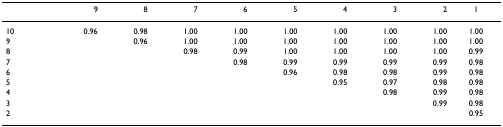
<table><thead><tr><td></td><td><b>9</b></td><td><b>8</b></td><td><b>7</b></td><td><b>6</b></td><td><b>5</b></td><td><b>4</b></td><td><b>3</b></td><td><b>2</b></td><td><b>1</b></td></tr></thead><tbody><tr><td>10</td><td>0.96</td><td>0.98</td><td>1.00</td><td>1.00</td><td>1.00</td><td>1.00</td><td>1.00</td><td>1.00</td><td>1.00</td></tr><tr><td>9</td><td></td><td>0.96</td><td>1.00</td><td>1.00</td><td>1.00</td><td>1.00</td><td>1.00</td><td>1.00</td><td>1.00</td></tr><tr><td>8</td><td></td><td></td><td>0.98</td><td>0.99</td><td>1.00</td><td>1.00</td><td>1.00</td><td>1.00</td><td>0.99</td></tr><tr><td>7</td><td></td><td></td><td></td><td>0.98</td><td>0.99</td><td>0.99</td><td>0.99</td><td>0.99</td><td>0.98</td></tr><tr><td>6</td><td></td><td></td><td></td><td></td><td>0.96</td><td>0.98</td><td>0.98</td><td>0.99</td><td>0.98</td></tr><tr><td>5</td><td></td><td></td><td></td><td></td><td></td><td>0.95</td><td>0.97</td><td>0.98</td><td>0.98</td></tr><tr><td>4</td><td></td><td></td><td></td><td></td><td></td><td></td><td>0.98</td><td>0.99</td><td>0.98</td></tr><tr><td>3</td><td></td><td></td><td></td><td></td><td></td><td></td><td></td><td>0.99</td><td>0.98</td></tr><tr><td>2</td><td></td><td></td><td></td><td></td><td></td><td></td><td></td><td></td><td>0.95</td></tr></tbody></table>